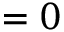
= 0